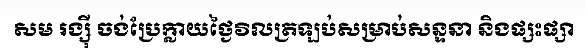
សម រង្ស៊ី ចង់ប្រែក្លាយថ្ងៃវិលត្រឡប់សម្រាប់សន្ទនា និងផ្សះផ្សា